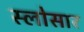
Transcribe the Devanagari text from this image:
स्लोसार